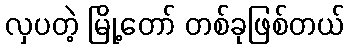
လှပတဲ့ မြို့တော် တစ်ခုဖြစ်တယ်